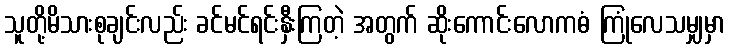
သူတို့မိသားစုချင်းလည်း ခင်မင်ရင်းနှီးကြတဲ့ အတွက် ဆိုးကောင်းလောကဓံ ကြုံလေသမျှမှာ